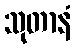
သုတာနံ